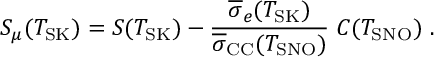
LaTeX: S _ { \mu } ( T _ { \mathrm { S K } } ) = S ( T _ { \mathrm { S K } } ) - \frac { \overline { { { \sigma } } } _ { e } ( T _ { \mathrm { S K } } ) } { \overline { { { \sigma } } } _ { \mathrm { C C } } ( T _ { \mathrm { S N O } } ) } \; C ( T _ { \mathrm { S N O } } ) ~ .